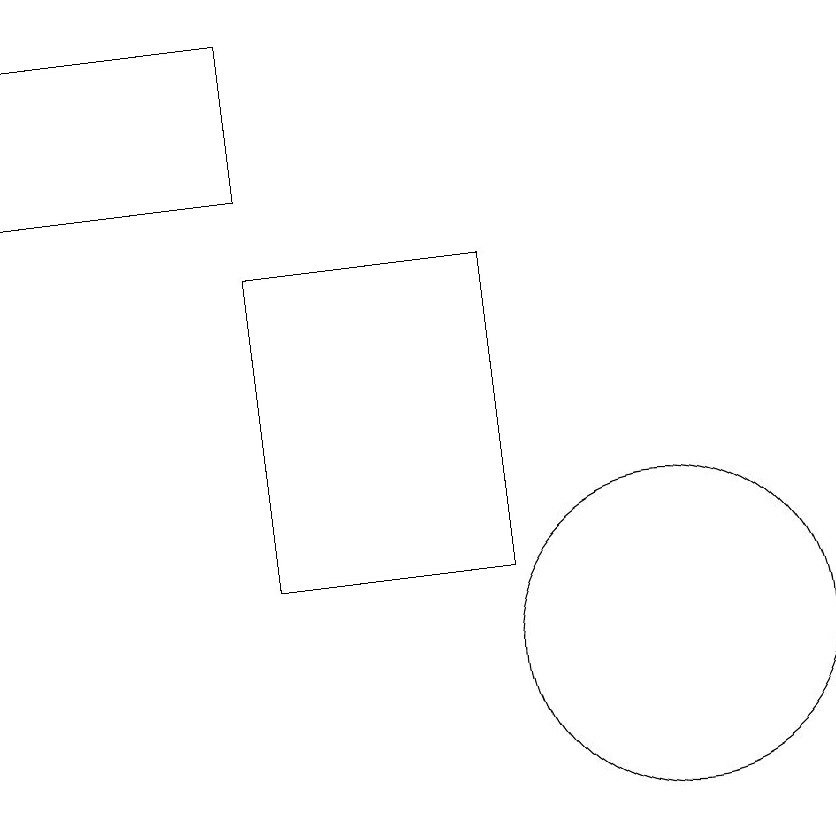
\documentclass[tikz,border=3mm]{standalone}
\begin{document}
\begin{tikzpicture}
\draw (6,16) rectangle (9,12);
\draw (11,11) circle (2);
\draw (3,19) rectangle (6,17);
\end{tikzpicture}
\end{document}